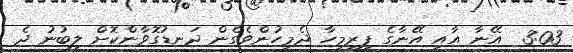
3:03  އޭނާ އާއި އޭނާގެ ފިރިމީހާ ދެމީހުންވެގެން ދަނޑުގޮވާންކޮށް ލިބުނު ދެ